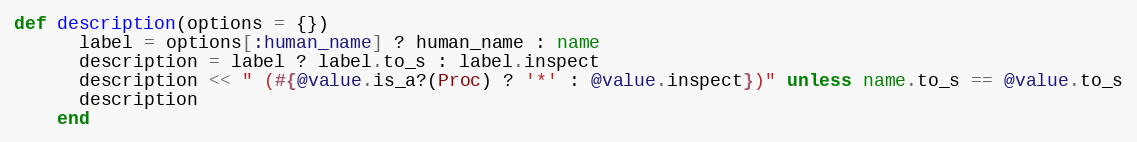
Language: Ruby
def description(options = {})
      label = options[:human_name] ? human_name : name
      description = label ? label.to_s : label.inspect
      description << " (#{@value.is_a?(Proc) ? '*' : @value.inspect})" unless name.to_s == @value.to_s
      description
    end